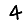
Digit: 4